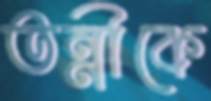
তন্নীকে